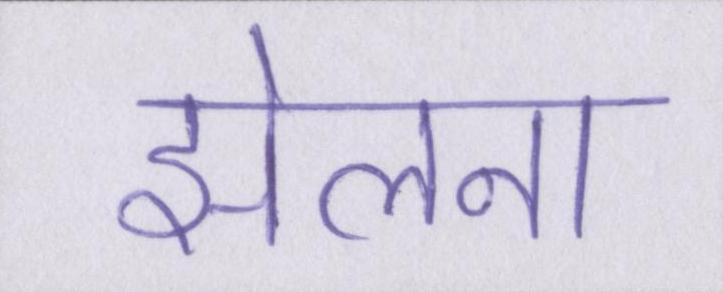
झेलना